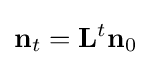
\mathbf {n} _{t}=\mathbf {L} ^{t}\mathbf {n} _{0}